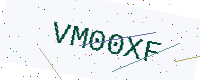
Text: VM00XF